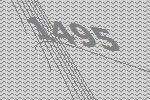
1495